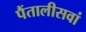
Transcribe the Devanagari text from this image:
पैंतालीसवां